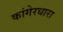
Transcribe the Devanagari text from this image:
कांगेरधारा